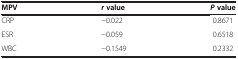
| MPV | r value | P value |
 | --- | --- | --- |
 | CRP | −0.022 | 0.8671 |
 | ESR | −0.059 | 0.6518 |
 | WBC | −0.1549 | 0.2332 |